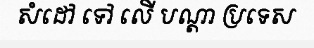
សំដៅ ទៅ លើ បណ្តា ប្រទេស